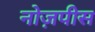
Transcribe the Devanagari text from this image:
नोज़पीस